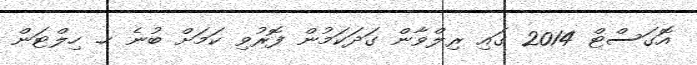
އޮގަސްޓް 2014 ގައި ރިލްވާން ގަދަކަމުން ފޮރުވި ކަމަށް ބުނެ ހ. ހިލްޓަން